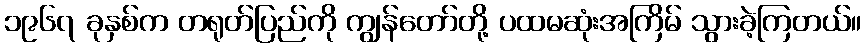
၁၉၆၇ ခုနှစ်က တရုတ်ပြည်ကို ကျွန်တော်တို့ ပထမဆုံးအကြိမ် သွားခဲ့ကြတယ်။